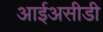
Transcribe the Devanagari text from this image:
आईअसीडी